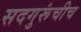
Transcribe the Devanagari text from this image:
सदगुरूंचीच